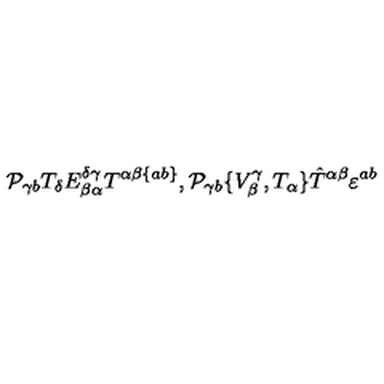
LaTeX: { \cal P } _ { \gamma b } T _ { \delta } E _ { \beta \alpha } ^ { \delta \gamma } T ^ { \alpha \beta \{ a b \} } , { \cal P } _ { \gamma b } \{ V _ { \beta } ^ { \gamma } , T _ { \alpha } \} \hat { T } ^ { \alpha \beta } \varepsilon ^ { a b }